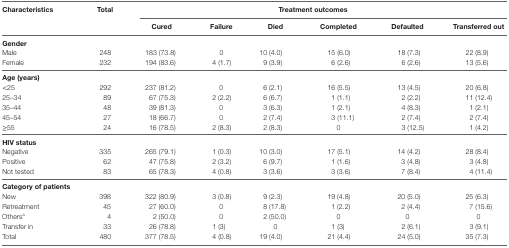
<table><thead><tr><td><b>Characteristics</b></td><td><b>Total</b></td><td colspan="6"><b>Treatment outcomes</b></td></tr><tr><td></td><td></td><td><b>Cured</b></td><td><b>Failure</b></td><td><b>Died</b></td><td><b>Completed</b></td><td><b>Defaulted</b></td><td><b>Transferred out</b></td></tr></thead><tbody><tr><td><b>Gender</b></td><td></td><td></td><td></td><td></td><td></td><td></td><td></td></tr><tr><td>Male</td><td>248</td><td>183 (73.8)</td><td>0</td><td>10 (4.0)</td><td>15 (6.0)</td><td>18 (7.3)</td><td>22 (8.9)</td></tr><tr><td>Female</td><td>232</td><td>194 (83.6)</td><td>4 (1.7)</td><td>9 (3.9)</td><td>6 (2.6)</td><td>6 (2.6)</td><td>13 (5.6)</td></tr><tr><td><b>Age (years)</b></td><td></td><td></td><td></td><td></td><td></td><td></td><td></td></tr><tr><td>&lt;25</td><td>292</td><td>237 (81.2)</td><td>0</td><td>6 (2.1)</td><td>16 (5.5)</td><td>13 (4.5)</td><td>20 (6.8)</td></tr><tr><td>25–34</td><td>89</td><td>67 (75.3)</td><td>2 (2.2)</td><td>6 (6.7)</td><td>1 (1.1)</td><td>2 (2.2)</td><td>11 (12.4)</td></tr><tr><td>35–44</td><td>48</td><td>39 (81.3)</td><td>0</td><td>3 (6.3)</td><td>1 (2.1)</td><td>4 (8.3)</td><td>1 (2.1)</td></tr><tr><td>45–54</td><td>27</td><td>18 (66.7)</td><td>0</td><td>2 (7.4)</td><td>3 (11.1)</td><td>2 (7.4)</td><td>2 (7.4)</td></tr><tr><td>≥55</td><td>24</td><td>16 (78.5)</td><td>2 (8.3)</td><td>2 (8.3)</td><td>0</td><td>3 (12.5)</td><td>1 (4.2)</td></tr><tr><td><b>HIV status</b></td><td></td><td></td><td></td><td></td><td></td><td></td><td></td></tr><tr><td>Negative</td><td>335</td><td>265 (79.1)</td><td>1 (0.3)</td><td>10 (3.0)</td><td>17 (5.1)</td><td>14 (4.2)</td><td>28 (8.4)</td></tr><tr><td>Positive</td><td>62</td><td>47 (75.8)</td><td>2 (3.2)</td><td>6 (9.7)</td><td>1 (1.6)</td><td>3 (4.8)</td><td>3 (4.8)</td></tr><tr><td>Not tested</td><td>83</td><td>65 (78.3)</td><td>4 (0.8)</td><td>3 (3.6)</td><td>3 (3.6)</td><td>7 (8.4)</td><td>4 (11.4)</td></tr><tr><td><b>Category of patients</b></td><td></td><td></td><td></td><td></td><td></td><td></td><td></td></tr><tr><td>New</td><td>398</td><td>322 (80.9)</td><td>3 (0.8)</td><td>9 (2.3)</td><td>19 (4.8)</td><td>20 (5.0)</td><td>25 (6.3)</td></tr><tr><td>Retreatment</td><td>45</td><td>27 (60.0)</td><td>0</td><td>8 (17.8)</td><td>1 (2.2)</td><td>2 (4.4)</td><td>7 (15.6)</td></tr><tr><td>Others<sup>a</sup></td><td>4</td><td>2 (50.0)</td><td>0</td><td>2 (50.0)</td><td>0</td><td>0</td><td>0</td></tr><tr><td>Transfer in</td><td>33</td><td>26 (78.8)</td><td>1 (3)</td><td>0</td><td>1 (3)</td><td>2 (6.1)</td><td>3 (9.1)</td></tr><tr><td>Total</td><td>480</td><td>377 (78.5)</td><td>4 (0.8)</td><td>19 (4.0)</td><td>21 (4.4)</td><td>24 (5.0)</td><td>35 (7.3)</td></tr></tbody></table>